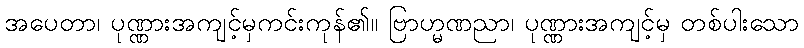
အပေတာ၊ ပုဏ္ဏားအကျင့်မှကင်းကုန်၏။ ဗြာဟ္မဏညာ၊ ပုဏ္ဏားအကျင့်မှ တစ်ပါးသော